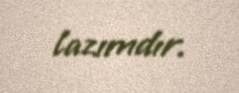
lazımdır.